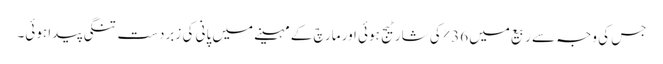
جس کی وجہ سے ربیع میں 36% کی شارٹیج ہوئی اور مارچ کے مہینے میں پانی کی زبردست تنگی پیدا ہوئی۔